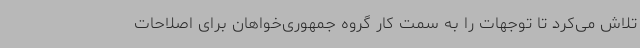
تلاش می‌کرد تا توجهات را به سمت کار گروه جمهوری‌خواهان برای اصلاحات